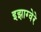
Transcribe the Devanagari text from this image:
इझाग्वेरे